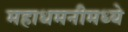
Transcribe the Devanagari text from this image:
महाधमनीमध्ये